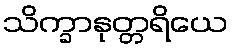
သိက္ခာနုတ္တရိယေ